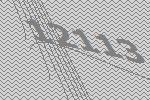
12113